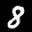
Label: 8